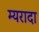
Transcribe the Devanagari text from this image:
म्यरादा